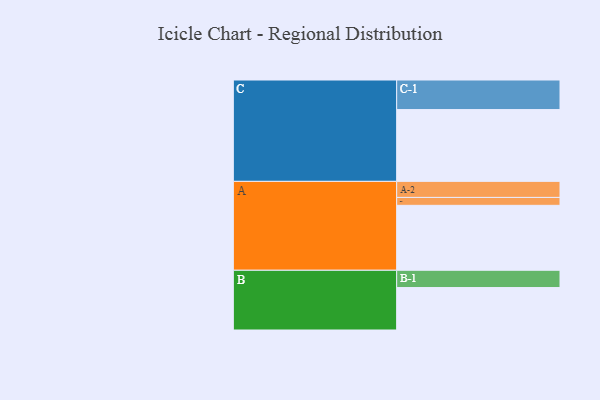
{"axis": {"x": "Segment", "y": "Value"}, "legend": ["", "A", "B", "C"], "data": [{"x": "A", "y": 485, "type": ""}, {"x": "B", "y": 317, "type": ""}, {"x": "C", "y": 536, "type": ""}, {"x": "A-1", "y": 59, "type": "A"}, {"x": "A-2", "y": 120, "type": "A"}, {"x": "B-1", "y": 129, "type": "B"}, {"x": "C-1", "y": 221, "type": "C"}]}